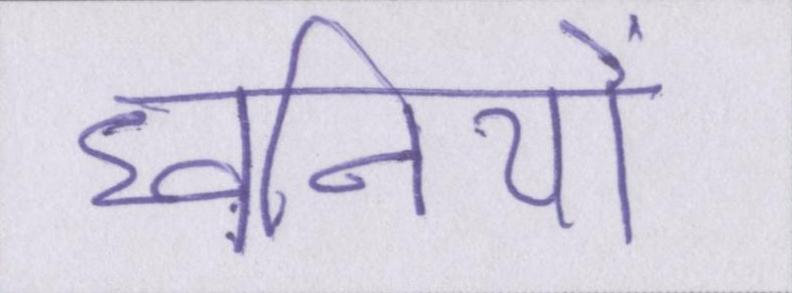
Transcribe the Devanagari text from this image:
ध्वनियों